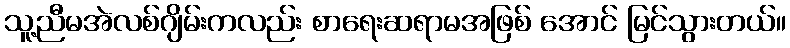
သူ့ညီမအဲလစ်ဂျိမ်းကလည်း စာရေးဆရာမအဖြစ် အောင် မြင်သွားတယ်။